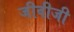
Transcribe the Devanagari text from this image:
जीवीजी